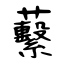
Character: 蘻